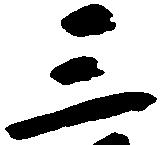
三